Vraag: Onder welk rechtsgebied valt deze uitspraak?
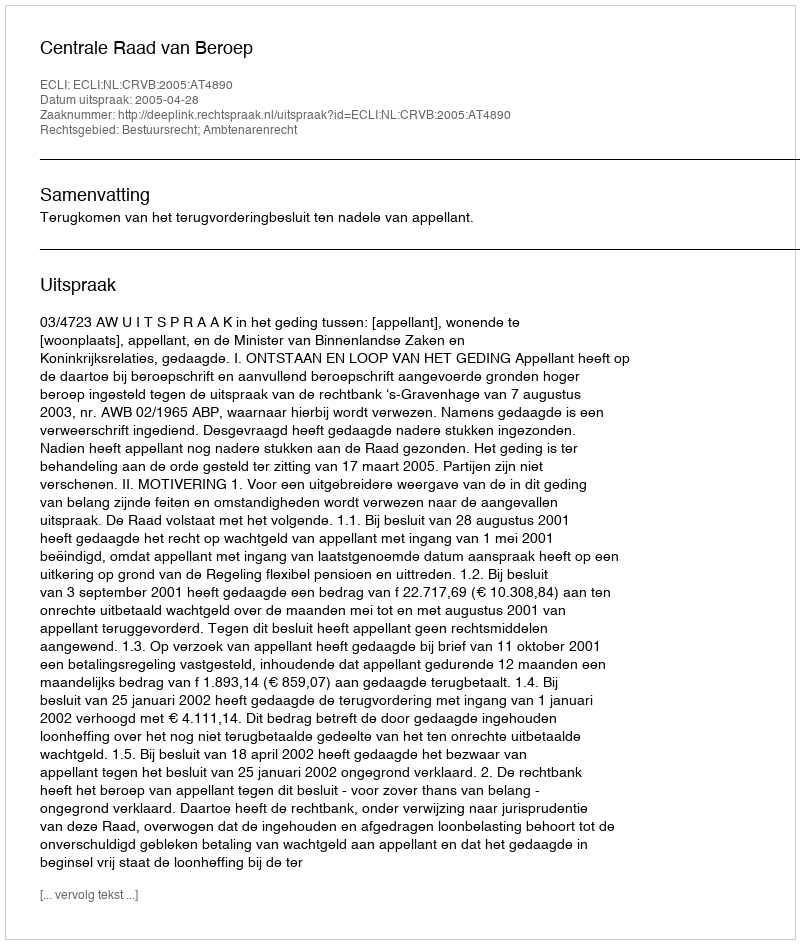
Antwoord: Bestuursrecht; Ambtenarenrecht